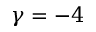
\gamma = - 4